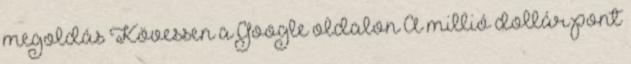
megoldás Kövessen a Google oldalon A millió dollár pont